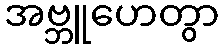
အဗ္ဘူဟေတွာ